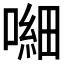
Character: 𱔕